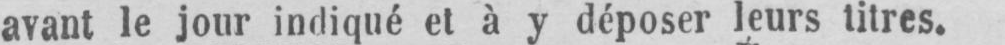
avant le jour indiqué et à y déposer leurs titres.